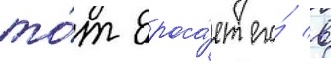
то́т броса́ет его́ в